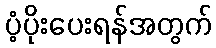
ပံ့ပိုးပေးရန်အတွက်